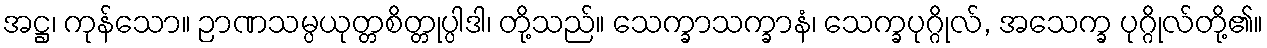
အဋ္ဌ၊ ကုန်သော။ ဉာဏသမ္ပယုတ္တစိတ္တုပ္ပါဒါ၊ တို့သည်။ သေက္ခာသက္ခာနံ၊ သေက္ခပုဂ္ဂိုလ်, အသေက္ခ ပုဂ္ဂိုလ်တို့၏။